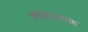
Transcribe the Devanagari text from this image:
जहांदारशाह